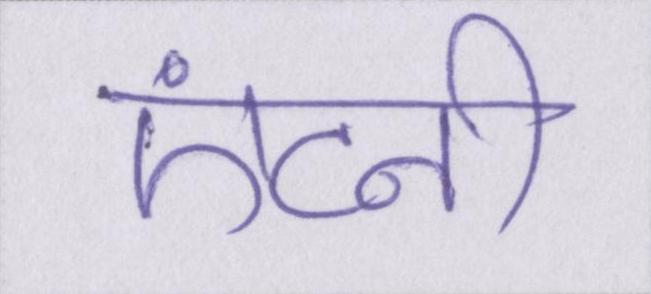
एंटनी